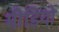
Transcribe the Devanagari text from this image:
मीडियो